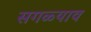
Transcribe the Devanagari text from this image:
सगळ्याव